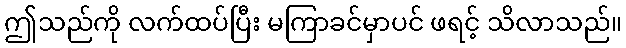
ဤသည်ကို လက်ထပ်ပြီး မကြာခင်မှာပင် ဖရင့် သိလာသည်။